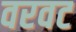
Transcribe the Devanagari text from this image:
वरवट